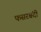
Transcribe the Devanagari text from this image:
फसरबंदी